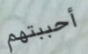
أحببتهم